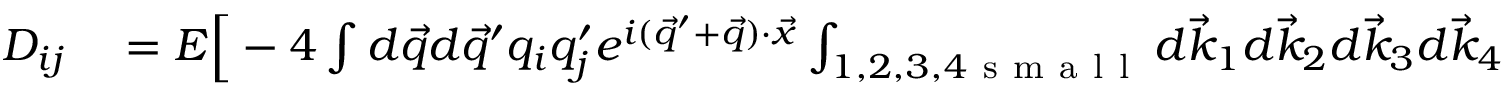
\begin{array} { r l } { D _ { i j } } & { { } = E \Big [ - 4 \int d \vec { q } d \vec { q } ^ { \prime } q _ { i } q _ { j } ^ { \prime } e ^ { i ( \vec { q } ^ { \prime } + \vec { q } ) \cdot \vec { x } } \int _ { 1 , 2 , 3 , 4 \mathrm { ~ s ~ m ~ a ~ l ~ l ~ } } d \vec { k } _ { 1 } d \vec { k } _ { 2 } d \vec { k } _ { 3 } d \vec { k } _ { 4 } } \end{array}